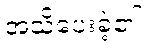
အသိပေးခဲ့၏။